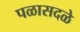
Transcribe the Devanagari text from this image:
पळासदळे